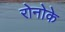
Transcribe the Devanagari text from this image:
रोनोके